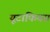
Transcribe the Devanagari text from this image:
यूटाफियस